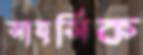
সাহসিক